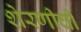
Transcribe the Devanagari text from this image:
शेरणीची